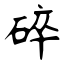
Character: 碎